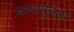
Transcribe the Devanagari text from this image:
छायापुत्राय